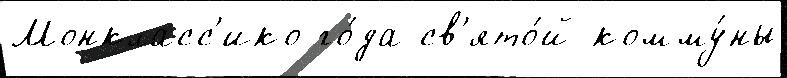
Монкласс'ико го́да св'ято́й комму́ны